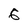
Character: 6